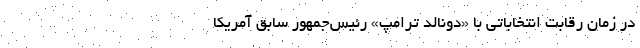
در زمان رقابت‌ انتخاباتی با «دونالد ترامپ» رئیس‌جمهور سابق آمریکا